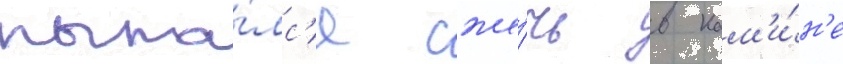
пыта́лс'я сже́чь в кам'и́н'е